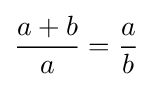
{\frac {a+b}{a}}={\frac {a}{b}}